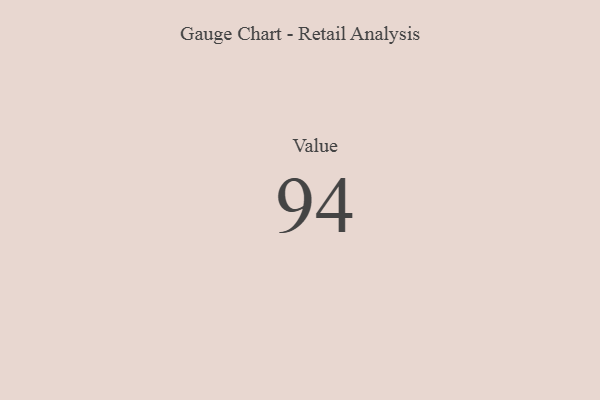
{"axis": {"x": "Metric", "y": "Value"}, "legend": [""], "data": [{"x": "Value", "y": 94, "type": ""}]}